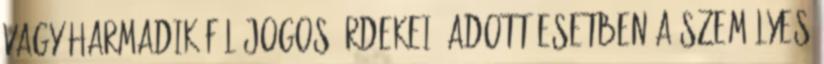
vagy harmadik fél jogos érdekei; adott esetben a személyes